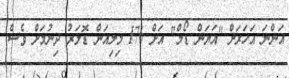
އަންނަ އަހަރަށް "އަޔަން ޑޯމް" އަށް 176 މިލިއަން ޑޮލަރު ދިނުމަށް ވެސް